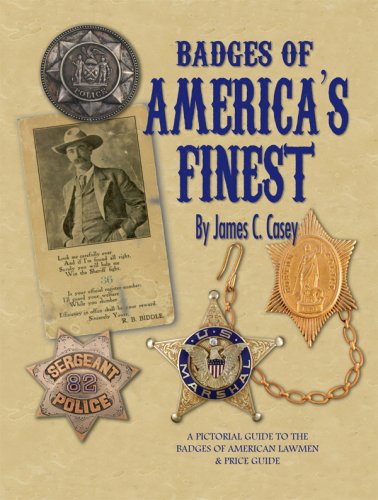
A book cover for Badges of America's Finest: A Pictorial Guide to the Badges of American Lawmen and Price Guide; James C. Casey; Crafts, Hobbies & Home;